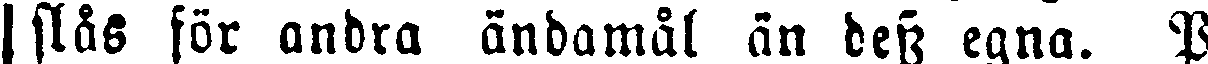
| slås för andra ändamål än dess egna. P